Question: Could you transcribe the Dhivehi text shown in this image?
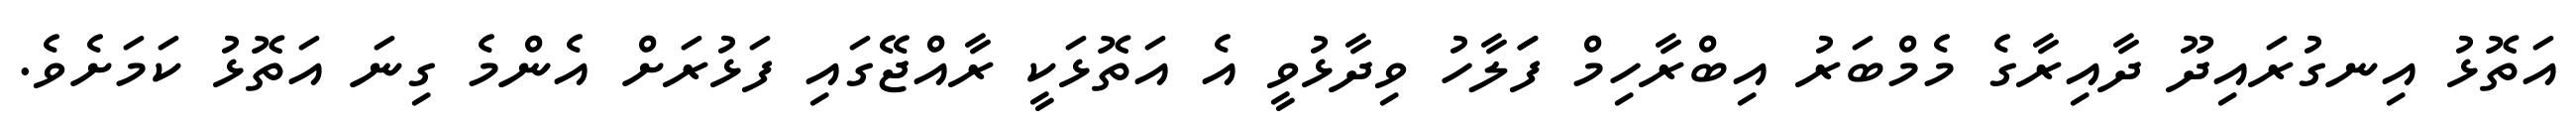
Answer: އަތޮޅު އިނގުރައިދޫ ދާއިރާގެ މެމްބަރު އިބްރާހިމް ފަަލާހު ވިދާޅުވީ އެ އަތޮޅަކީ ރާއްޖޭގައި ފަޅުރަށް އެންމެ ގިނަ އަތޮޅު ކަމަށެވެ.